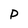
Character: P